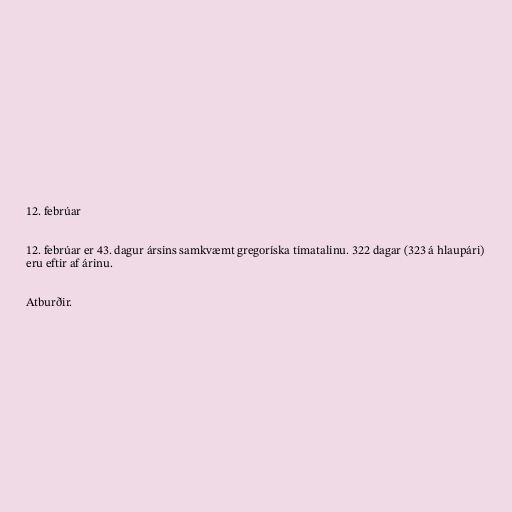
12. febrúar

12. febrúar er 43. dagur ársins samkvæmt gregoríska tímatalinu. 322 dagar (323 á hlaupári)
eru eftir af árinu.

Atburðir.